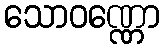
သောဝဏ္ဏော